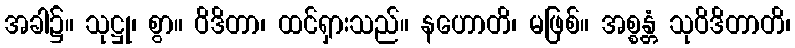
အခါ၌။ သုဋ္ဌု၊ စွာ။ ဝိဒိတာ၊ ထင်ရှားသည်။ နဟောတိ၊ မဖြစ်။ အစ္စန္တံ သုဝိဒိတာတိ၊